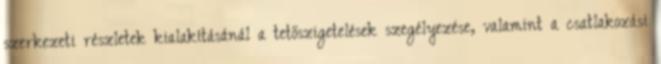
szerkezeti részletek kialakításánál a tetőszigetelések szegélyezése, valamint a csatlakozási